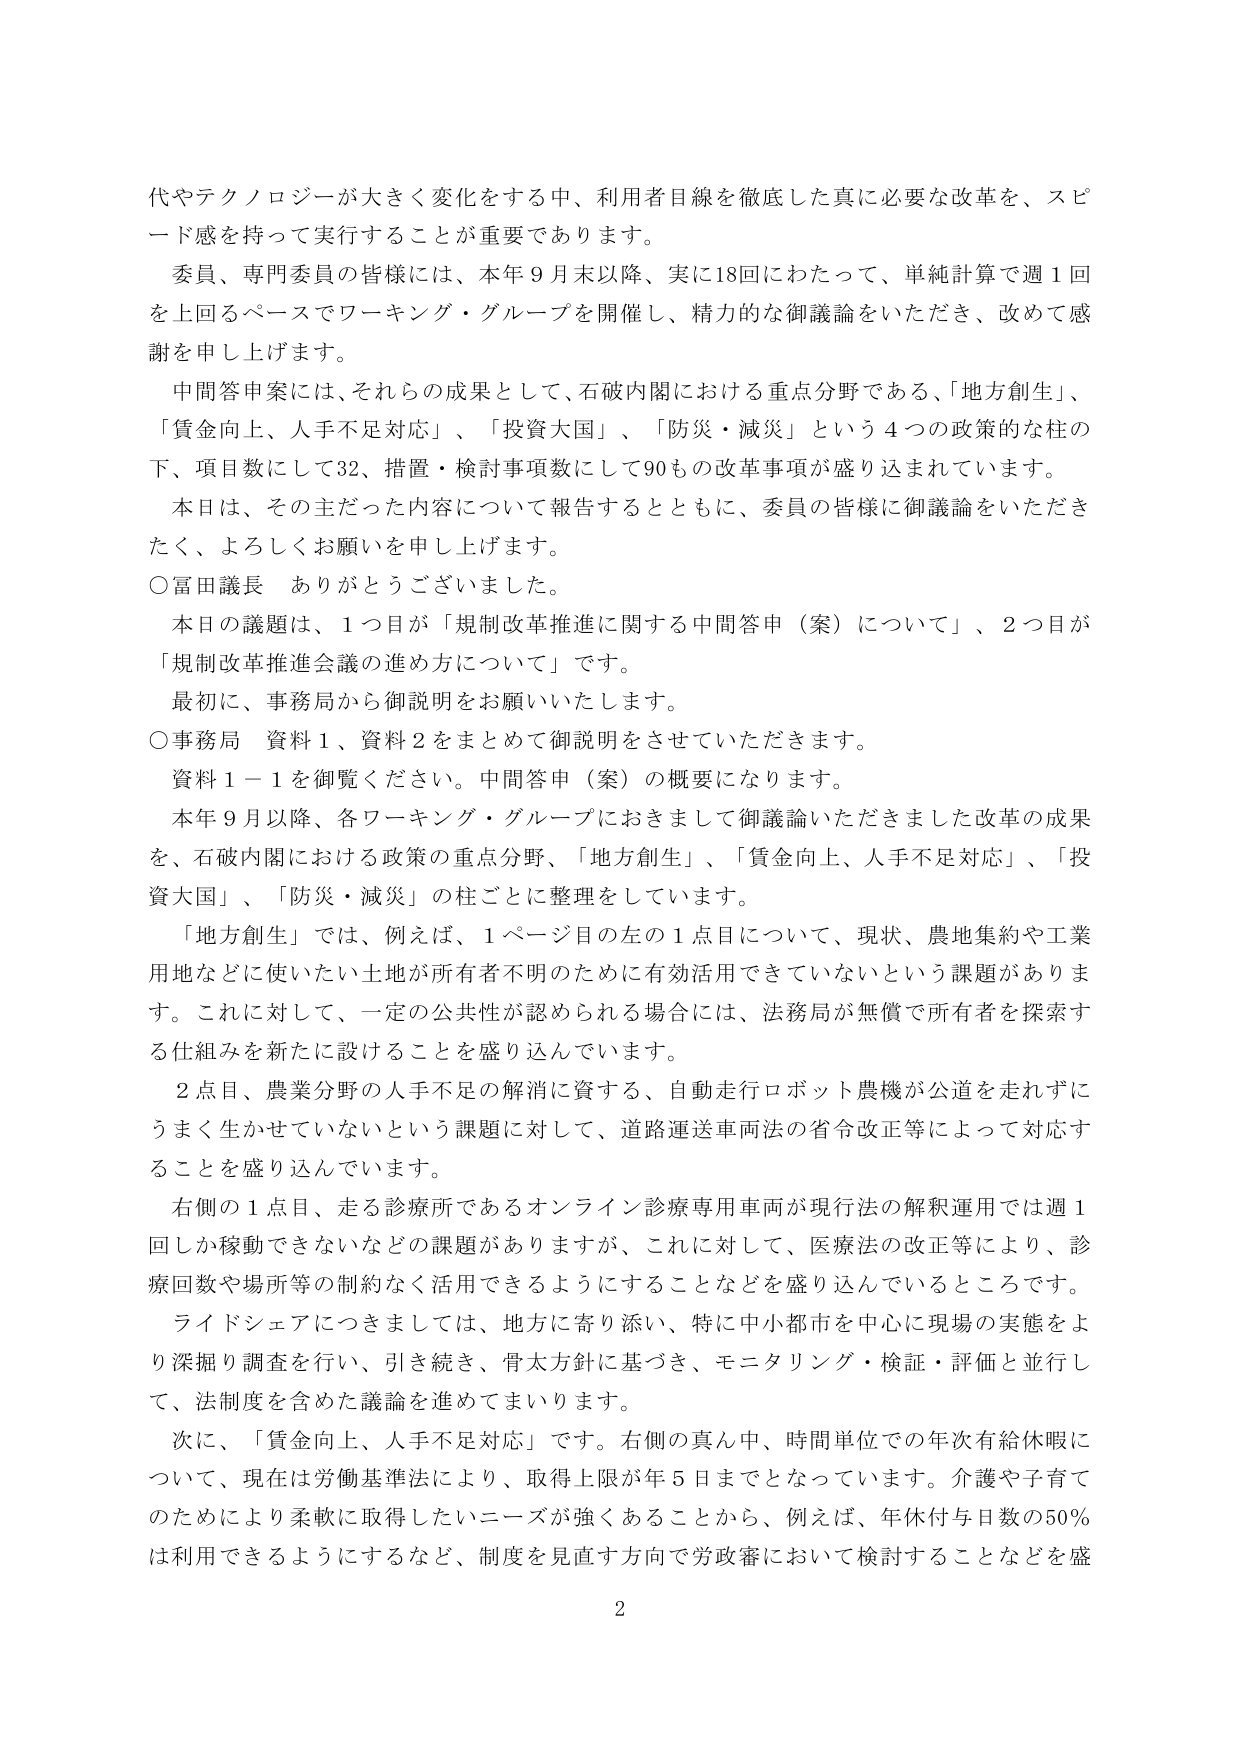
代やテクノロジーが大きく変化をする中、利用者目線を徹底した真に必要な改革を、スピード感を持って実行することが重要であります。

委員、専門委員の皆様には、本年９月末以降、実に18回にわたって、単純計算で週１回を上回るペースでワーキング・グループを開催し、精力的な御議論をいただき、改めて感謝を申し上げます。

中間答申案には、それらの成果として、石破内閣における重点分野である、「地方創生」、「賃金向上、人手不足対応」、「投資大国」、「防災・減災」という４つの政策的な柱の下、項目数にして32、措置・検討事項数にして90もの改革事項が盛り込まれています。

本日は、その主だった内容について報告するとともに、委員の皆様に御議論をいただきたく、よろしくお願いを申し上げます。

○富田議長　ありがとうございました。

本日の議題は、１つ目が「規制改革推進に関する中間答申（案）について」、２つ目が「規制改革推進会議の進め方について」です。

最初に、事務局から御説明をお願いいたします。

○事務局　資料１、資料２をまとめて御説明をさせていただきます。

資料１－１を御覧ください。中間答申（案）の概要になります。

本年９月以降、各ワーキング・グループにおきまして御議論いただきました改革の成果を、石破内閣における政策の重点分野、「地方創生」、「賃金向上、人手不足対応」、「投資大国」、「防災・減災」の柱ごとに整理をしています。

「地方創生」では、例えば、１ページ目の左の１点目について、現状、農地集約や工業用地などに使いたい土地が所有者不明のために有効活用できていないという課題があります。これに対して、一定の公共性が認められる場合には、法務局が無償で所有者を探索する仕組みを新たに設けることを盛り込んでいます。

２点目、農業分野の人手不足の解消に資する、自動走行ロボット農機が公道を走れずにうまく生かせていないという課題に対して、道路運送車両法の省令改正等によって対応することを盛り込んでいます。

右側の１点目、走る診療所であるオンライン診療専用車両が現行法の解釈運用では週１回しか稼動できないなどの課題がありますが、これに対して、医療法の改正等により、診療回数や場所等の制約なく活用できるようにすることなどを盛り込んでいるところです。

ライドシェアにつきましては、地方に寄り添い、特に中小都市を中心に現場の実態をより深掘り調査を行い、引き続き、骨太方針に基づき、モニタリング・検証・評価と並行して、法制度を含めた議論を進めてまいります。

次に、「賃金向上、人手不足対応」です。右側の真ん中、時間単位での年次有給休暇について、現在は労働基準法により、取得上限が年５日までとなっています。介護や子育てのためにより柔軟に取得したいニーズが強くなることから、例えば、年休付与日数の50％は利用できるようにするなど、制度を見直す方向で労政審において検討することなどを盛

2